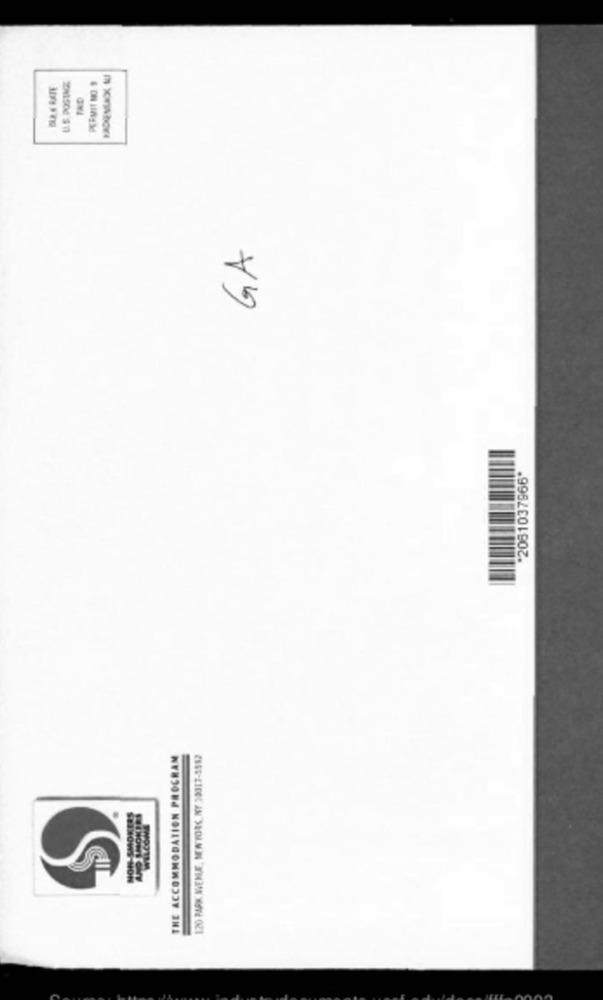
HADEMAX MUJ
BLA K RATE
U.S. POSTAGE
PERMIT NO. 1
TAD
GA
'2081037966"
THE ACCOMMODATION PROGRAM
120 PARK MENUE, NEW YORK, NY 38017-5582